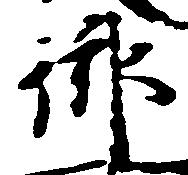
御